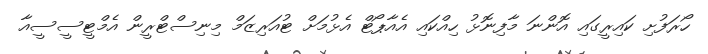
ހޯރަފުށި ކައިރީގައި އޮންނަ މާފިނޮޅު ހިއްކައި އެއާޕޯޓް އެޅުމަށް ޓުއަރިޒަމް މިނިސްޓްރީން އެމްޓީސީސީއާ